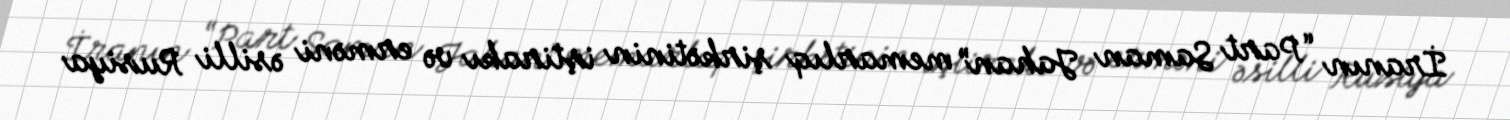
İranın “Part Saman Jahan” memarlıq şirkətinin iştirakı və erməni əsilli Rusiya